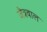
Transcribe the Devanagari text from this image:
जैत्रवाल